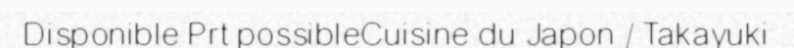
Disponible Prt possibleCuisine du Japon / Takayuki